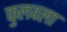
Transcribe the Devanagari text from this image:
फुलवला